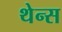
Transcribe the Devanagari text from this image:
थेन्स